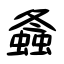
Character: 螽